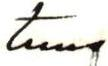
tuus